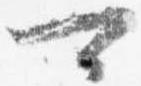
可